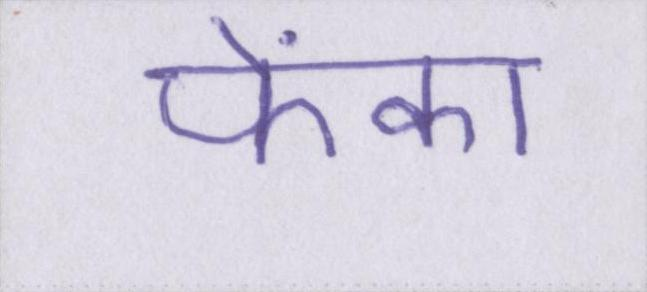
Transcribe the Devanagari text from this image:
फेंका